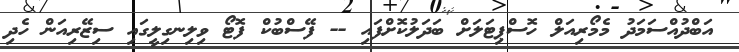
އަބްދުއްސަމަދު މެމޯރިއަލް ހޮސްޕިޓަލަށް ބަދަލުކޮށްފައި -- ފޭސްބުކް ފޮޓޯ ވިލިނގިލީގައި ސިޒޭރިއަން ހެދި